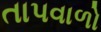
તાપવાળો